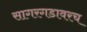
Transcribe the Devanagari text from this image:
सागरगडावरच